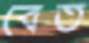
বেত